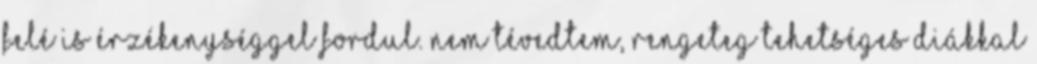
felé is érzékenységgel fordul. Nem tévedtem, rengeteg tehetséges diákkal